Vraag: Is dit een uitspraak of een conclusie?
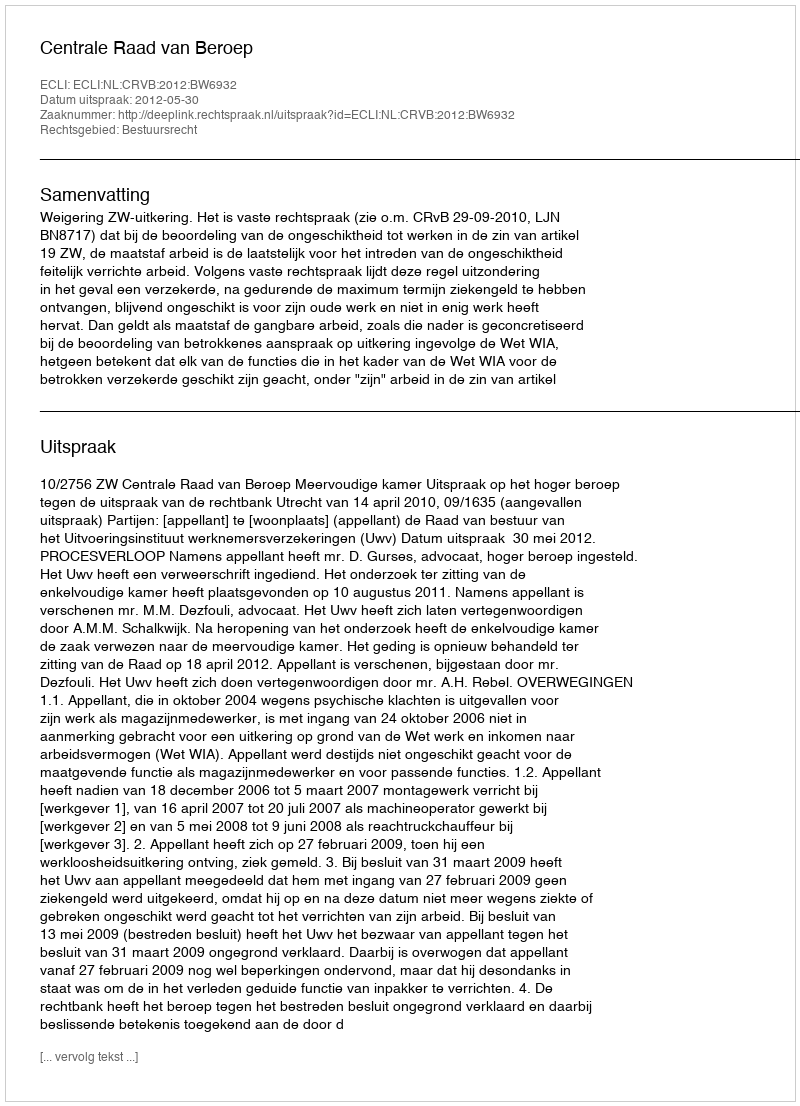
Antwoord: Uitspraak